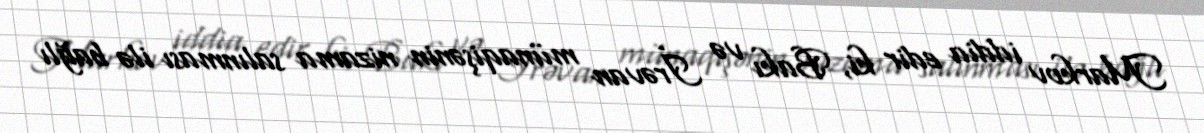
Markov iddia edir ki, Bakı və İrəvan münaqişənin nizama salınması ilə bağlı